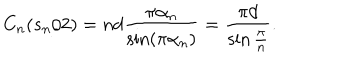
C _ { n } ( s _ { n } / 2 ) = n d \frac { \pi \alpha _ { n } } { \sin ( \pi \alpha _ { n } ) } = \frac { \pi d } { \sin \frac { \pi } { n } } .